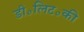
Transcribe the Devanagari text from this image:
डी॰लिट॰की